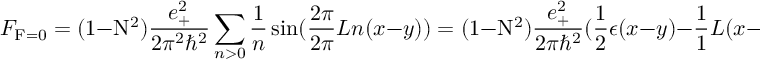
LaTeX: { \cal F } _ { \mathrm { F } = 0 } = ( 1 - \mathrm { N } ^ { 2 } ) \frac { e _ { + } ^ { 2 } } { 2 { \pi } ^ { 2 } { \hbar } ^ { 2 } } \sum _ { n > 0 } \frac { 1 } { n } \sin ( \frac { 2 \pi } { 2 \pi } { L } n ( x - y ) ) = ( 1 - \mathrm { N } ^ { 2 } ) \frac { e _ { + } ^ { 2 } } { 2 \pi { \hbar } ^ { 2 } } ( \frac { 1 } { 2 } \epsilon ( x - y ) - \frac { 1 } { 1 } { L } ( x - y ) ) .